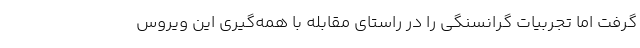
گرفت اما تجربیات گرانسنگی را در راستای مقابله با همه‌گیری این ویروس